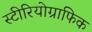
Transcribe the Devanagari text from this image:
स्टीरियोग्राफिक